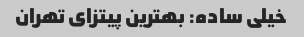
خیلی ساده: بهترین پیتزای تهران